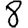
Digit: 8